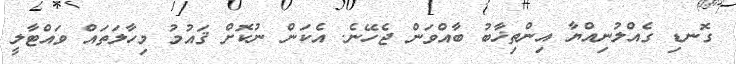
ގޮނޑި ގެއްލުނިއްޔާ އިންތިޚާބު ބާއްވަން ޖެހޭނެ. އެކަން ނުކޮށް ޤައުމު މިހާލަތައް ވައްޓާލީ